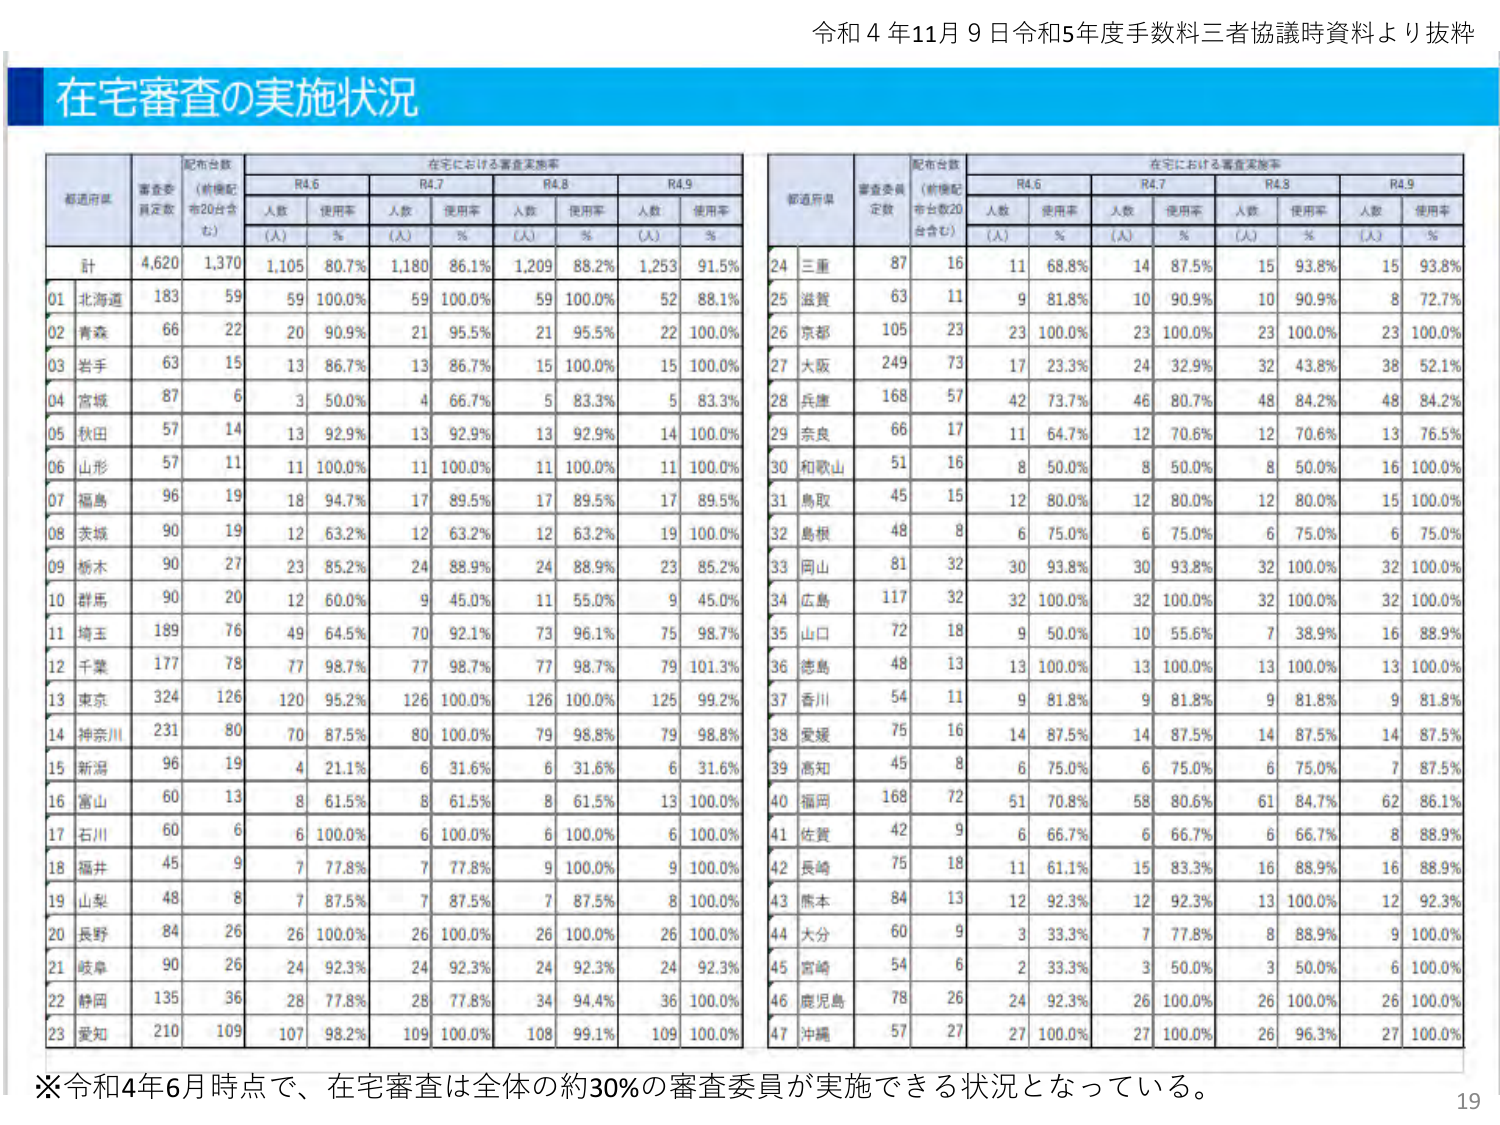
令和4年11月9日令和5年度手数料三者協議時資料より抜粋

在宅審査の実施状況

都道府県  審査委員定数  配布台数（前後配布20台含む）  在宅における審査実施率
          R4.6           R4.7           R4.8           R4.9
          人数  使用率  人数  使用率  人数  使用率  人数  使用率
          (人)  %      (人)  %      (人)  %      (人)  %

計        4,620  1,370  1,105  80.7%  1,180  86.1%  1,209  88.2%  1,253  91.5%

01 北海道  183    59     59    100.0%  59    100.0%  59    100.0%  52    88.1%
02 青森    66     22     20    90.9%   21    95.5%   21    95.5%   22    100.0%
03 岩手    63     15     13    86.7%   13    86.7%   15    100.0%  15    100.0%
04 宮城    87     6      3     50.0%   4     66.7%   5     83.3%   5     83.3%
05 秋田    57     14     13    92.9%   13    92.9%   13    92.9%   14    100.0%
06 山形    57     11     11    100.0%  11    100.0%  11    100.0%  11    100.0%
07 福島    96     19     18    94.7%   17    89.5%   17    89.5%   17    89.5%
08 茨城    90     19     12    63.2%   12    63.2%   12    63.2%   19    100.0%
09 栃木    90     27     23    85.2%   24    88.9%   24    88.9%   23    85.2%
10 群馬    90     20     12    60.0%   9     45.0%   11    55.0%   9     45.0%
11 埼玉    189    76     49    64.5%   70    92.1%   73    96.1%   75    98.7%
12 千葉    177    78     77    98.7%   77    98.7%   77    98.7%   79    101.3%
13 東京    324    126    120   95.2%   126   100.0%  126   100.0%  125   99.2%
14 神奈川  231    80     70    87.5%   80    100.0%  79    98.8%   79    98.8%
15 新潟    96     19     4     21.1%   6     31.6%   6     31.6%   6     31.6%
16 富山    60     13     8     61.5%   8     61.5%   8     61.5%   13    100.0%
17 石川    60     6      6     100.0%  6     100.0%  6     100.0%  6     100.0%
18 福井    45     9      7     77.8%   7     77.8%   9     100.0%  9     100.0%
19 山梨    48     8      7     87.5%   7     87.5%   7     87.5%   8     100.0%
20 長野    84     26     26    100.0%  26    100.0%  26    100.0%  26    100.0%
21 岐阜    90     26     24    92.3%   24    92.3%   24    92.3%   24    92.3%
22 静岡    135    36     28    77.8%   28    77.8%   34    94.4%   36    100.0%
23 愛知    210    109    107   98.2%   109   100.0%  108   99.1%   109   100.0%

24 三重    87     16     11    68.8%   14    87.5%   15    93.8%   15    93.8%
25 滋賀    63     11     9     81.8%   10    90.9%   10    90.9%   8     72.7%
26 京都    105    23     23    100.0%  23    100.0%  23    100.0%  23    100.0%
27 大阪    249    73     17    23.3%   24    32.9%   32    43.8%   38    52.1%
28 兵庫    168    57     42    73.7%   46    80.7%   48    84.2%   48    84.2%
29 奈良    66     17     11    64.7%   12    70.6%   12    70.6%   13    76.5%
30 和歌山  51     16     8     50.0%   8     50.0%   8     50.0%   16    100.0%
31 鳥取    45     15     12    80.0%   12    80.0%   12    80.0%   15    100.0%
32 島根    48     8      6     75.0%   6     75.0%   6     75.0%   6     75.0%
33 岡山    81     32     30    93.8%   30    93.8%   32    100.0%  32    100.0%
34 広島    117    32     32    100.0%  32    100.0%  32    100.0%  32    100.0%
35 山口    72     18     9     50.0%   10    55.6%   7     38.9%   16    88.9%
36 徳島    48     13     13    100.0%  13    100.0%  13    100.0%  13    100.0%
37 香川    54     11     9     81.8%   9     81.8%   9     81.8%   9     81.8%
38 愛媛    75     16     14    87.5%   14    87.5%   14    87.5%   14    87.5%
39 高知    45     8      6     75.0%   6     75.0%   6     75.0%   7     87.5%
40 福岡    168    72     51    70.8%   58    80.6%   61    84.7%   62    86.1%
41 佐賀    42     9      6     66.7%   6     66.7%   6     66.7%   8     88.9%
42 長崎    75     18     11    61.1%   15    83.3%   16    88.9%   16    88.9%
43 熊本    84     13     12    92.3%   12    92.3%   13    100.0%  12    92.3%
44 大分    60     9      3     33.3%   7     77.8%   8     88.9%   9     100.0%
45 宮崎    54     6      2     33.3%   3     50.0%   3     50.0%   6     100.0%
46 鹿児島  78     26     24    92.3%   26    100.0%  26    100.0%  26    100.0%
47 沖縄    57     27     27    100.0%  27    100.0%  26    96.3%   27    100.0%

※令和4年6月時点で、在宅審査は全体の約30%の審査委員が実施できる状況となっている。

19